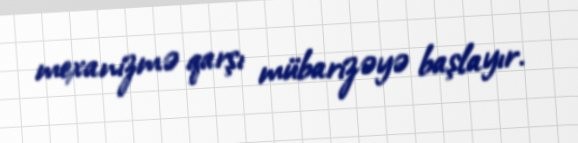
mexanizmə qarşı mübarizəyə başlayır.